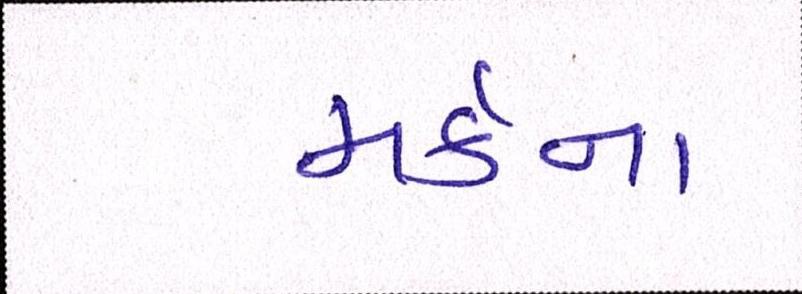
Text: મર્કના